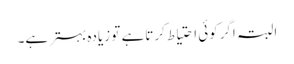
البتہ اگرکوئی احتیاط کرتاہے تو زیادہ بہترہے۔